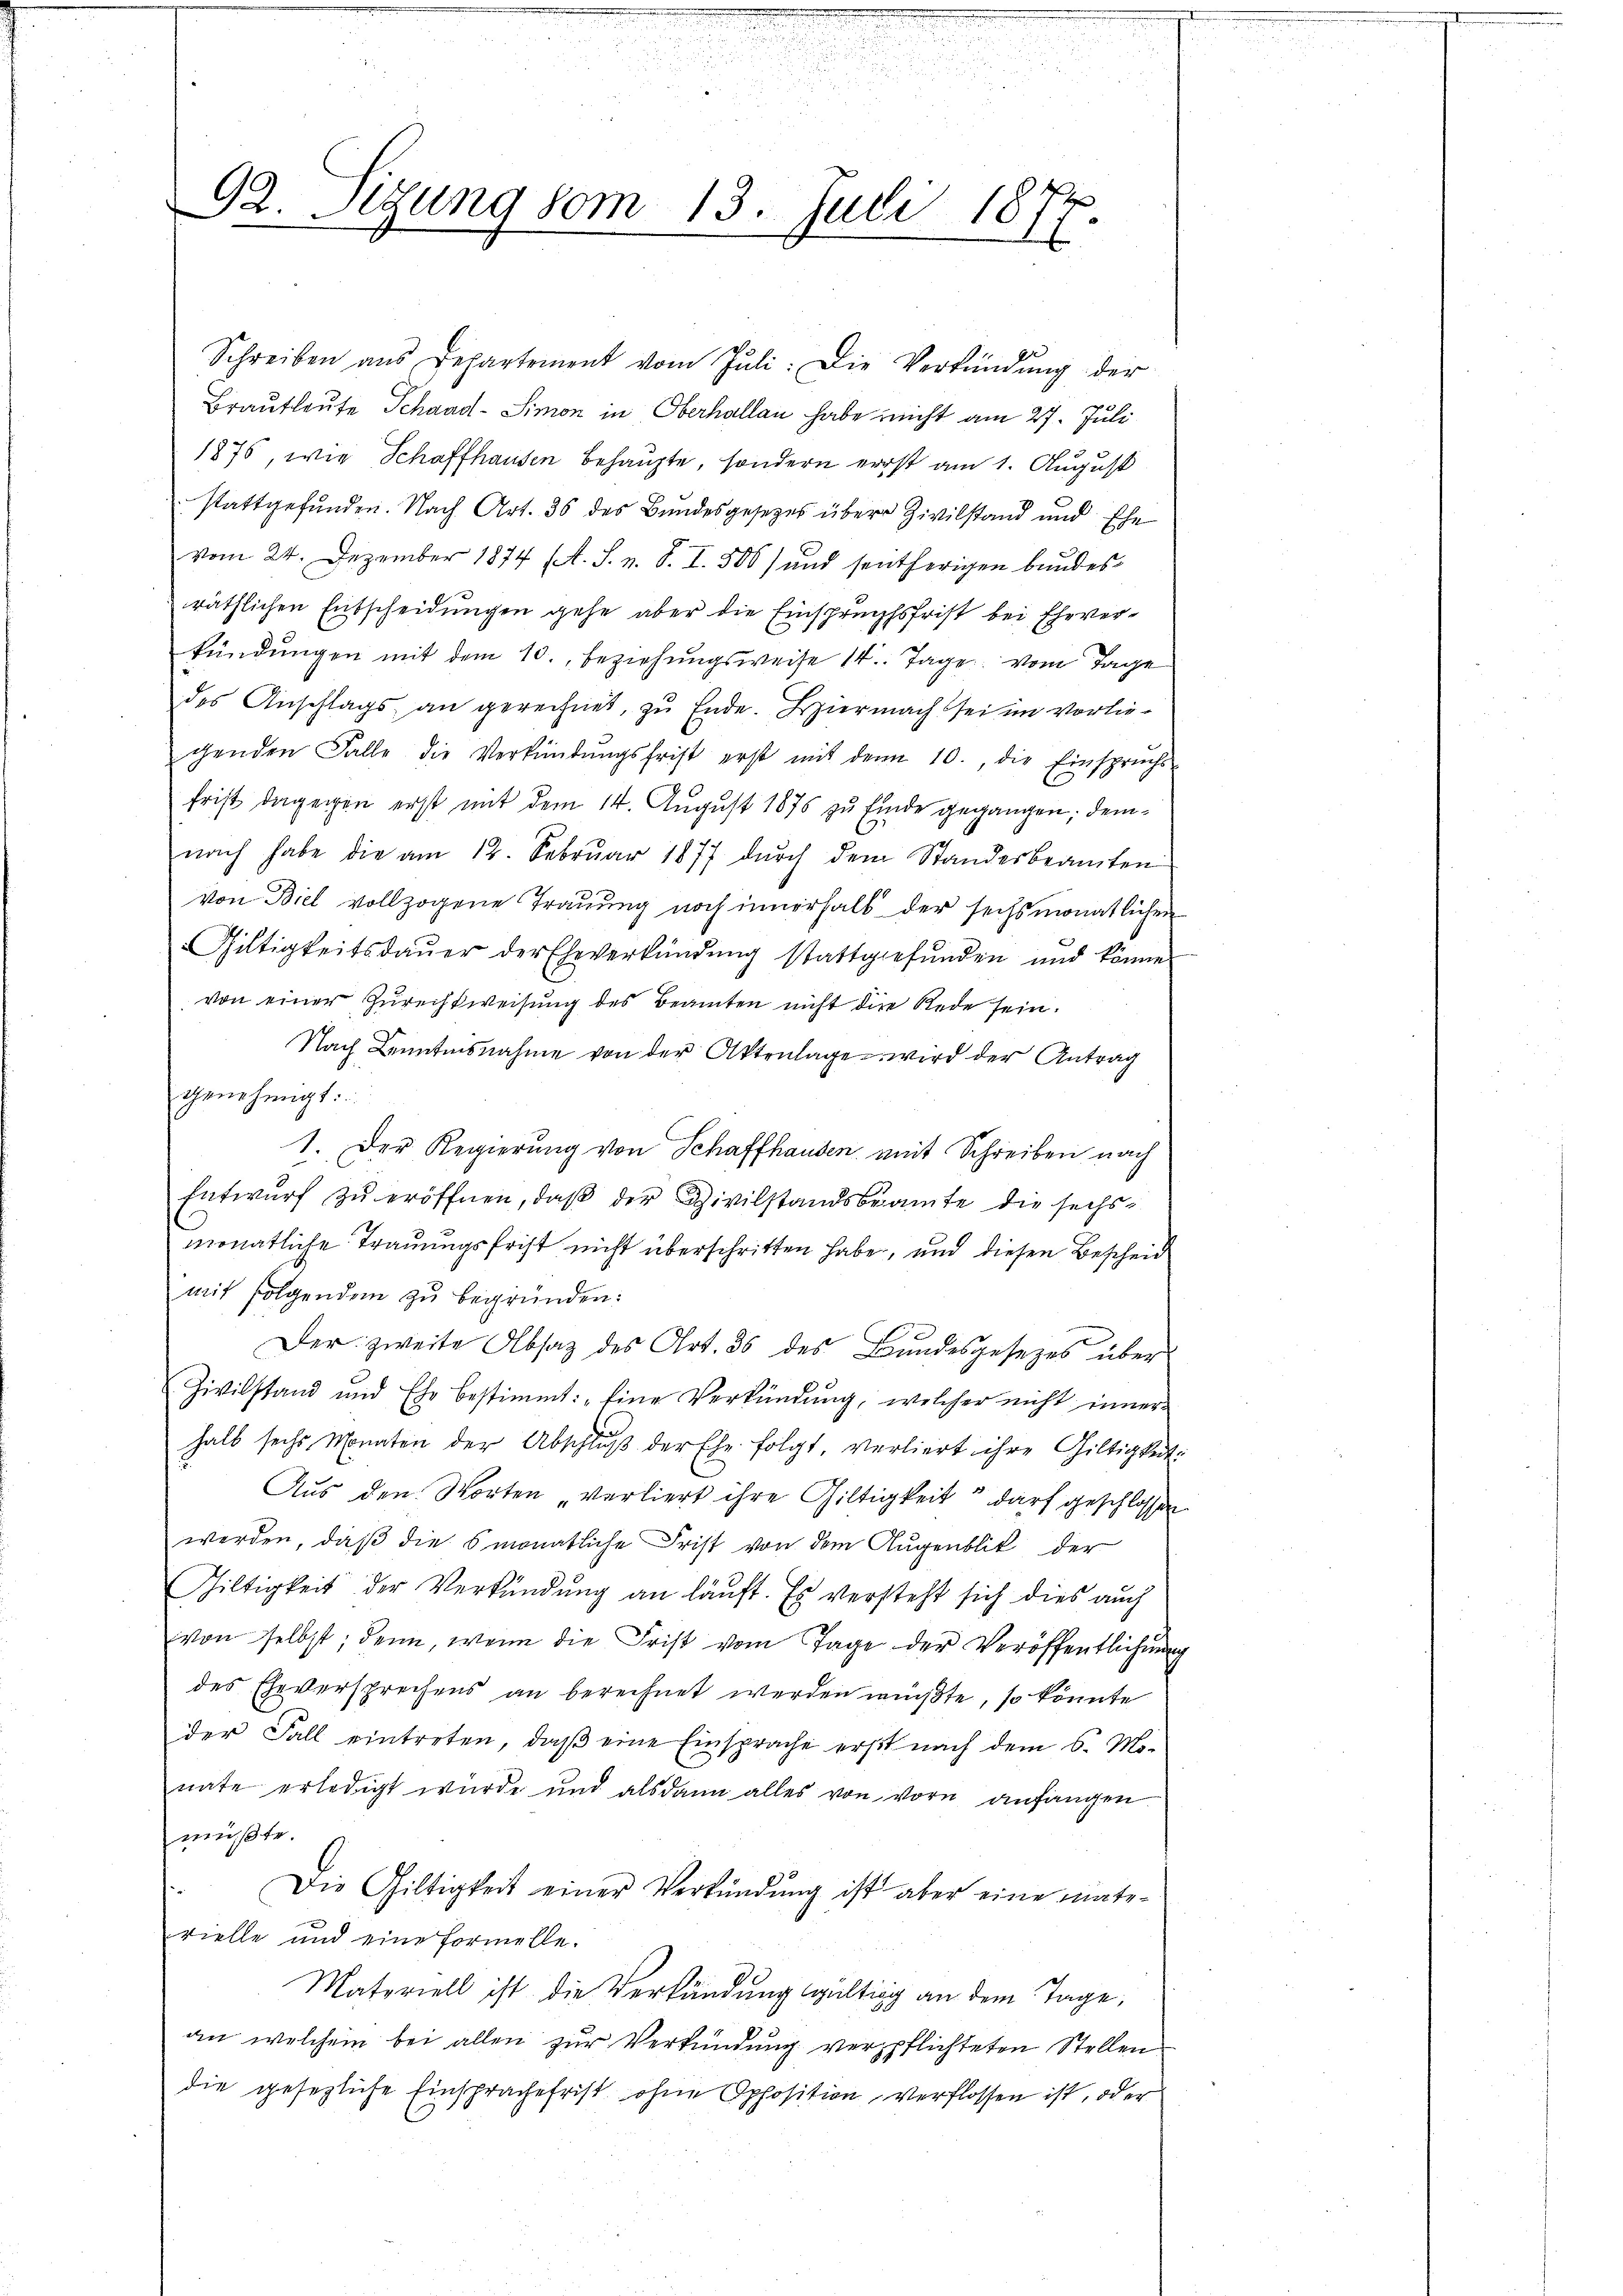
92. Sigung vom 13. Juli 187.
E

Schreiben ans Departement vom Jŭli: Die Verfündŭng der
Brautleute Schaad- Simon in Oberhallan habe nicht am 27. Juli
1875, wie Schaffhausen behaupte, sondern erst am 1. August
stattgefunden. Nach Art. 36 des Bundesgesetzes über Zivilstand und Ehe
vom 24. Dezember 1874 (A. S. z. B. I. 500) und sentherigen bundesräthlichen Entscheidungen gehe aber die Einspruchsfrist bei Eheverkündungen mit dem 10., beziehungsweise 14. Tage vom Tage
des Anschlags an gerechnet, zu Ende. Biermacht sei im vorliegenden Falle die Verkündŭngsfrist erst mit dem 10. die Einsprŭchs-
frist dagegen erst mit dem 14. August 1876 zu finde gegangen, demnach habe die am 12. Februar 1877 dŭrch dem Standesbeamten
von Biel vollzogene Trauung noch innerhalb der sechsmonatlichen
Giltigkeitsdauer der Eheverkündung stattgefunden und könne
von einer Zurechtweisung des Beamten nicht die Rede sein.
Nach Kenntnisnahme von der Aktenlage wird der Antrag
genehmigt:
1. Der Regierung von Schaffhausen mit Schreiben nach
Entwurf zu eröffnen, daß der Zivilstandsbeamte die sechsmonatliche Trauungsfrist nicht überschritten habe, und diesen Bescheid
mit folgenden zu begründen:
Der zweite Absatz des Art. 36 des Bundesgesezes über
Zivilstand und Ehr bestimmt: „Eine Verkündŭng, welcher nicht inner-
halb sechs Monaten der Abschlŭβ der Ehe folgt, verliert ihre Giltigkeit.
Aus den Worten verliert ihre Giltigkeit“ darf geschlossen
werden, daß die 6 monatliche Frist von dem Augenblik der
Giltigkeit der Verkündung an läuft. Es versteht sich dies auch
von selbst; denn, wenn die Frist vom Tage der Veröffentlichung
des Eheversprechens an berechnet werden müßte, so könnte
der Fall eintreten, daß eine Einsprache erst nach dem 6. Monate erledigt würde und alsdann alles von vorn anfangen
müßte.
Die Giltigkeit einer Verkündŭng ist aber eine mate-
rielle und eine formelle.
Materiell ist die Verkündung gültig an dem Tage,
an welchem bei allen zur Verkündung verpflichteten Stellen
die gesezliche Einsprache frist ohne Opposition verflossen ist, oder